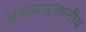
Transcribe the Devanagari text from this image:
प्रथमपूज्यनीय